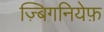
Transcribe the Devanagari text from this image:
ज़्बिगनियेफ़